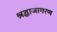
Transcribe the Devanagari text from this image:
श्रद्धाजागरण